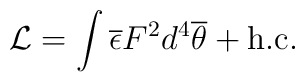
{\cal L}= \int \overline{\epsilon} F^2 d^4 \overline{\theta} + \mathrm{h.c.}